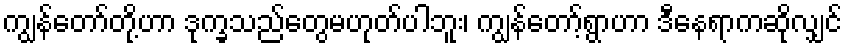
ကျွန်တော်တို့ဟာ ဒုက္ခသည်တွေမဟုတ်ပါဘူး၊ ကျွန်တော့်ရွာဟာ ဒီနေရာကဆိုလျှင်